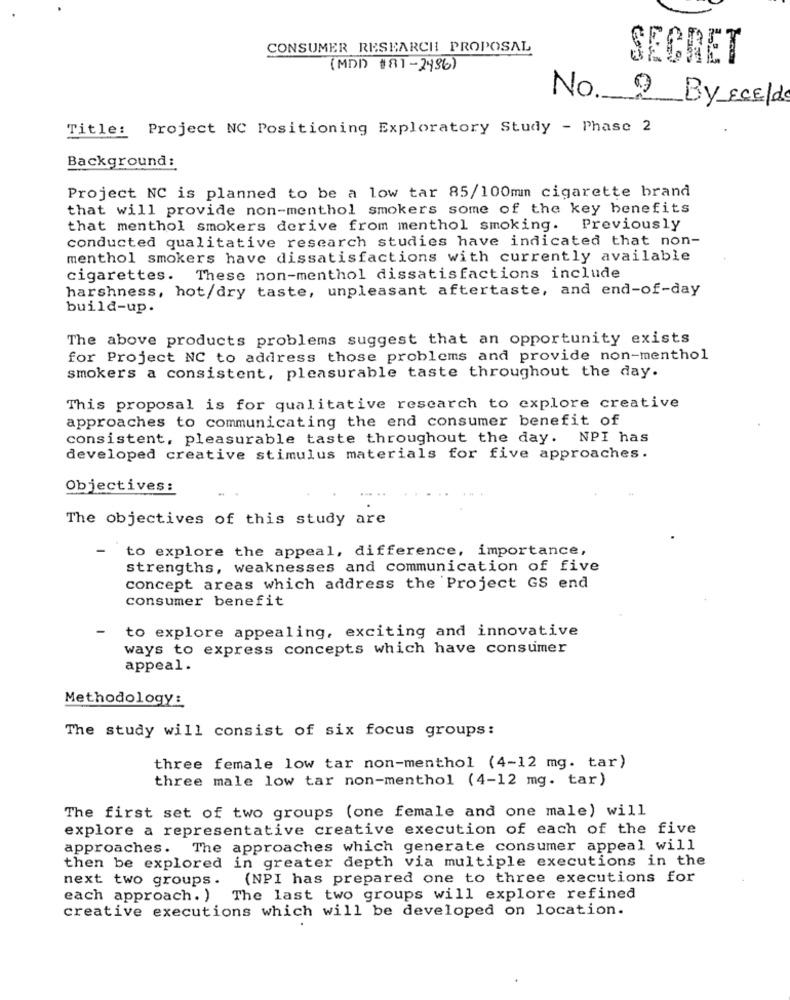
CONSUMER RESEARCH PROPOSAL
SECRET
(MDD #81-2486)
No. 9 By ECELLS
Title: Project NC Positioning Exploratory Study - Phase 2
Background:
Project NC is planned to be a low tar 85/100mm cigarette brand
that will provide non-menthol smokers some of the key benefits
that menthol smokers derive from menthol smoking. Previously
conducted qualitative research studies have indicated that non-
menthol smokers have dissatisfactions with currently available
cigarettes. These non-menthol dissatisfactions include
harshness, hot/dry taste, unpleasant aftertaste, and end-of-day
build-up.
The above products problems suggest that an opportunity exists
for Project NC to address those problems and provide non-menthol
smokers a consistent, pleasurable taste throughout the day.
This proposal is for qualitative research to explore creative
approaches to communicating the end consumer benefit of
consistent, pleasurable taste throughout the day. NPI has
developed creative stimulus materials for five approaches.
Objectives:
The objectives of this study are
to explore the appeal, difference, importance,
strengths, weaknesses and communication of five
concept areas which address the Project GS end
consumer benefit
-
to explore appealing, exciting and innovative
ways to express concepts which have consumer
appeal.
Methodology:
The study will consist of six focus groups:
three female low tar non-menthol (4-12 mg. tar)
three male low tar non-menthol (4-12 mg. tar)
The first set of two groups (one female and one male) will
explore a representative creative execution of each of the five
approaches. The approaches which generate consumer appeal will
then be explored in greater depth via multiple executions in the
next two groups.
(NPI has prepared one to three executions for
each approach. ) The last two groups will explore refined
creative executions which will be developed on location.